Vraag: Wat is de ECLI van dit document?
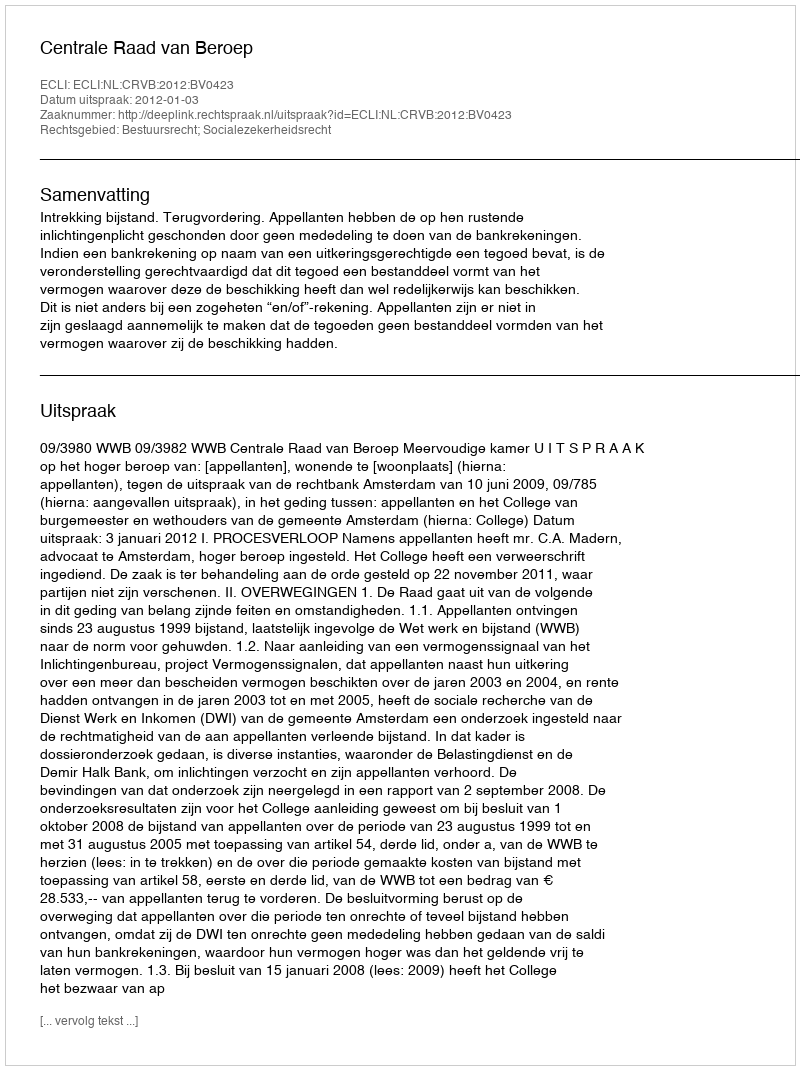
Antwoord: ECLI:NL:CRVB:2012:BV0423